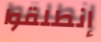
إنطلقوا